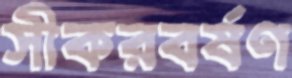
সীকরবর্ষণ